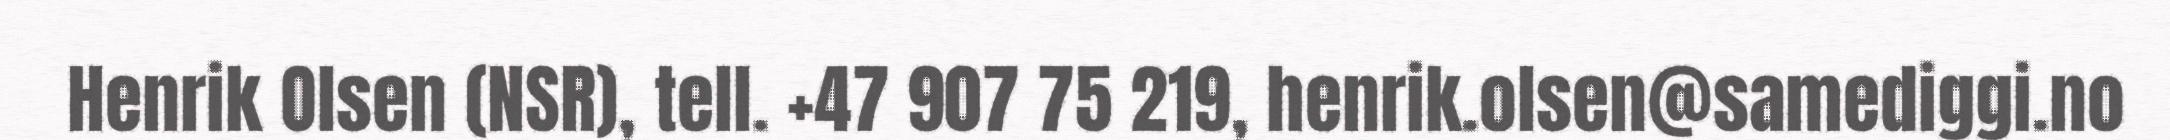
Henrik Olsen (NSR), tell. +47 907 75 219, henrik.olsen@samediggi.no